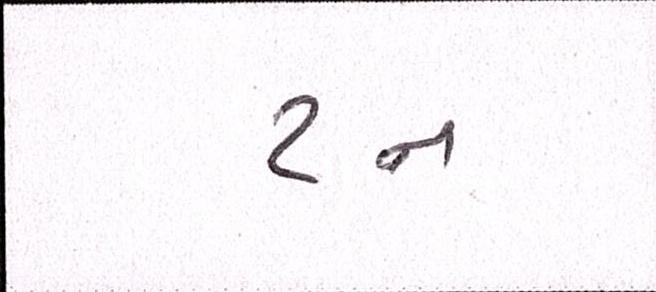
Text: ટન